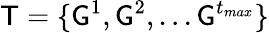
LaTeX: \mathsf{T}=\{ \mathsf{G}^{1},\mathsf{G}^{2},...\mathsf{G}^{t_{max}}\}